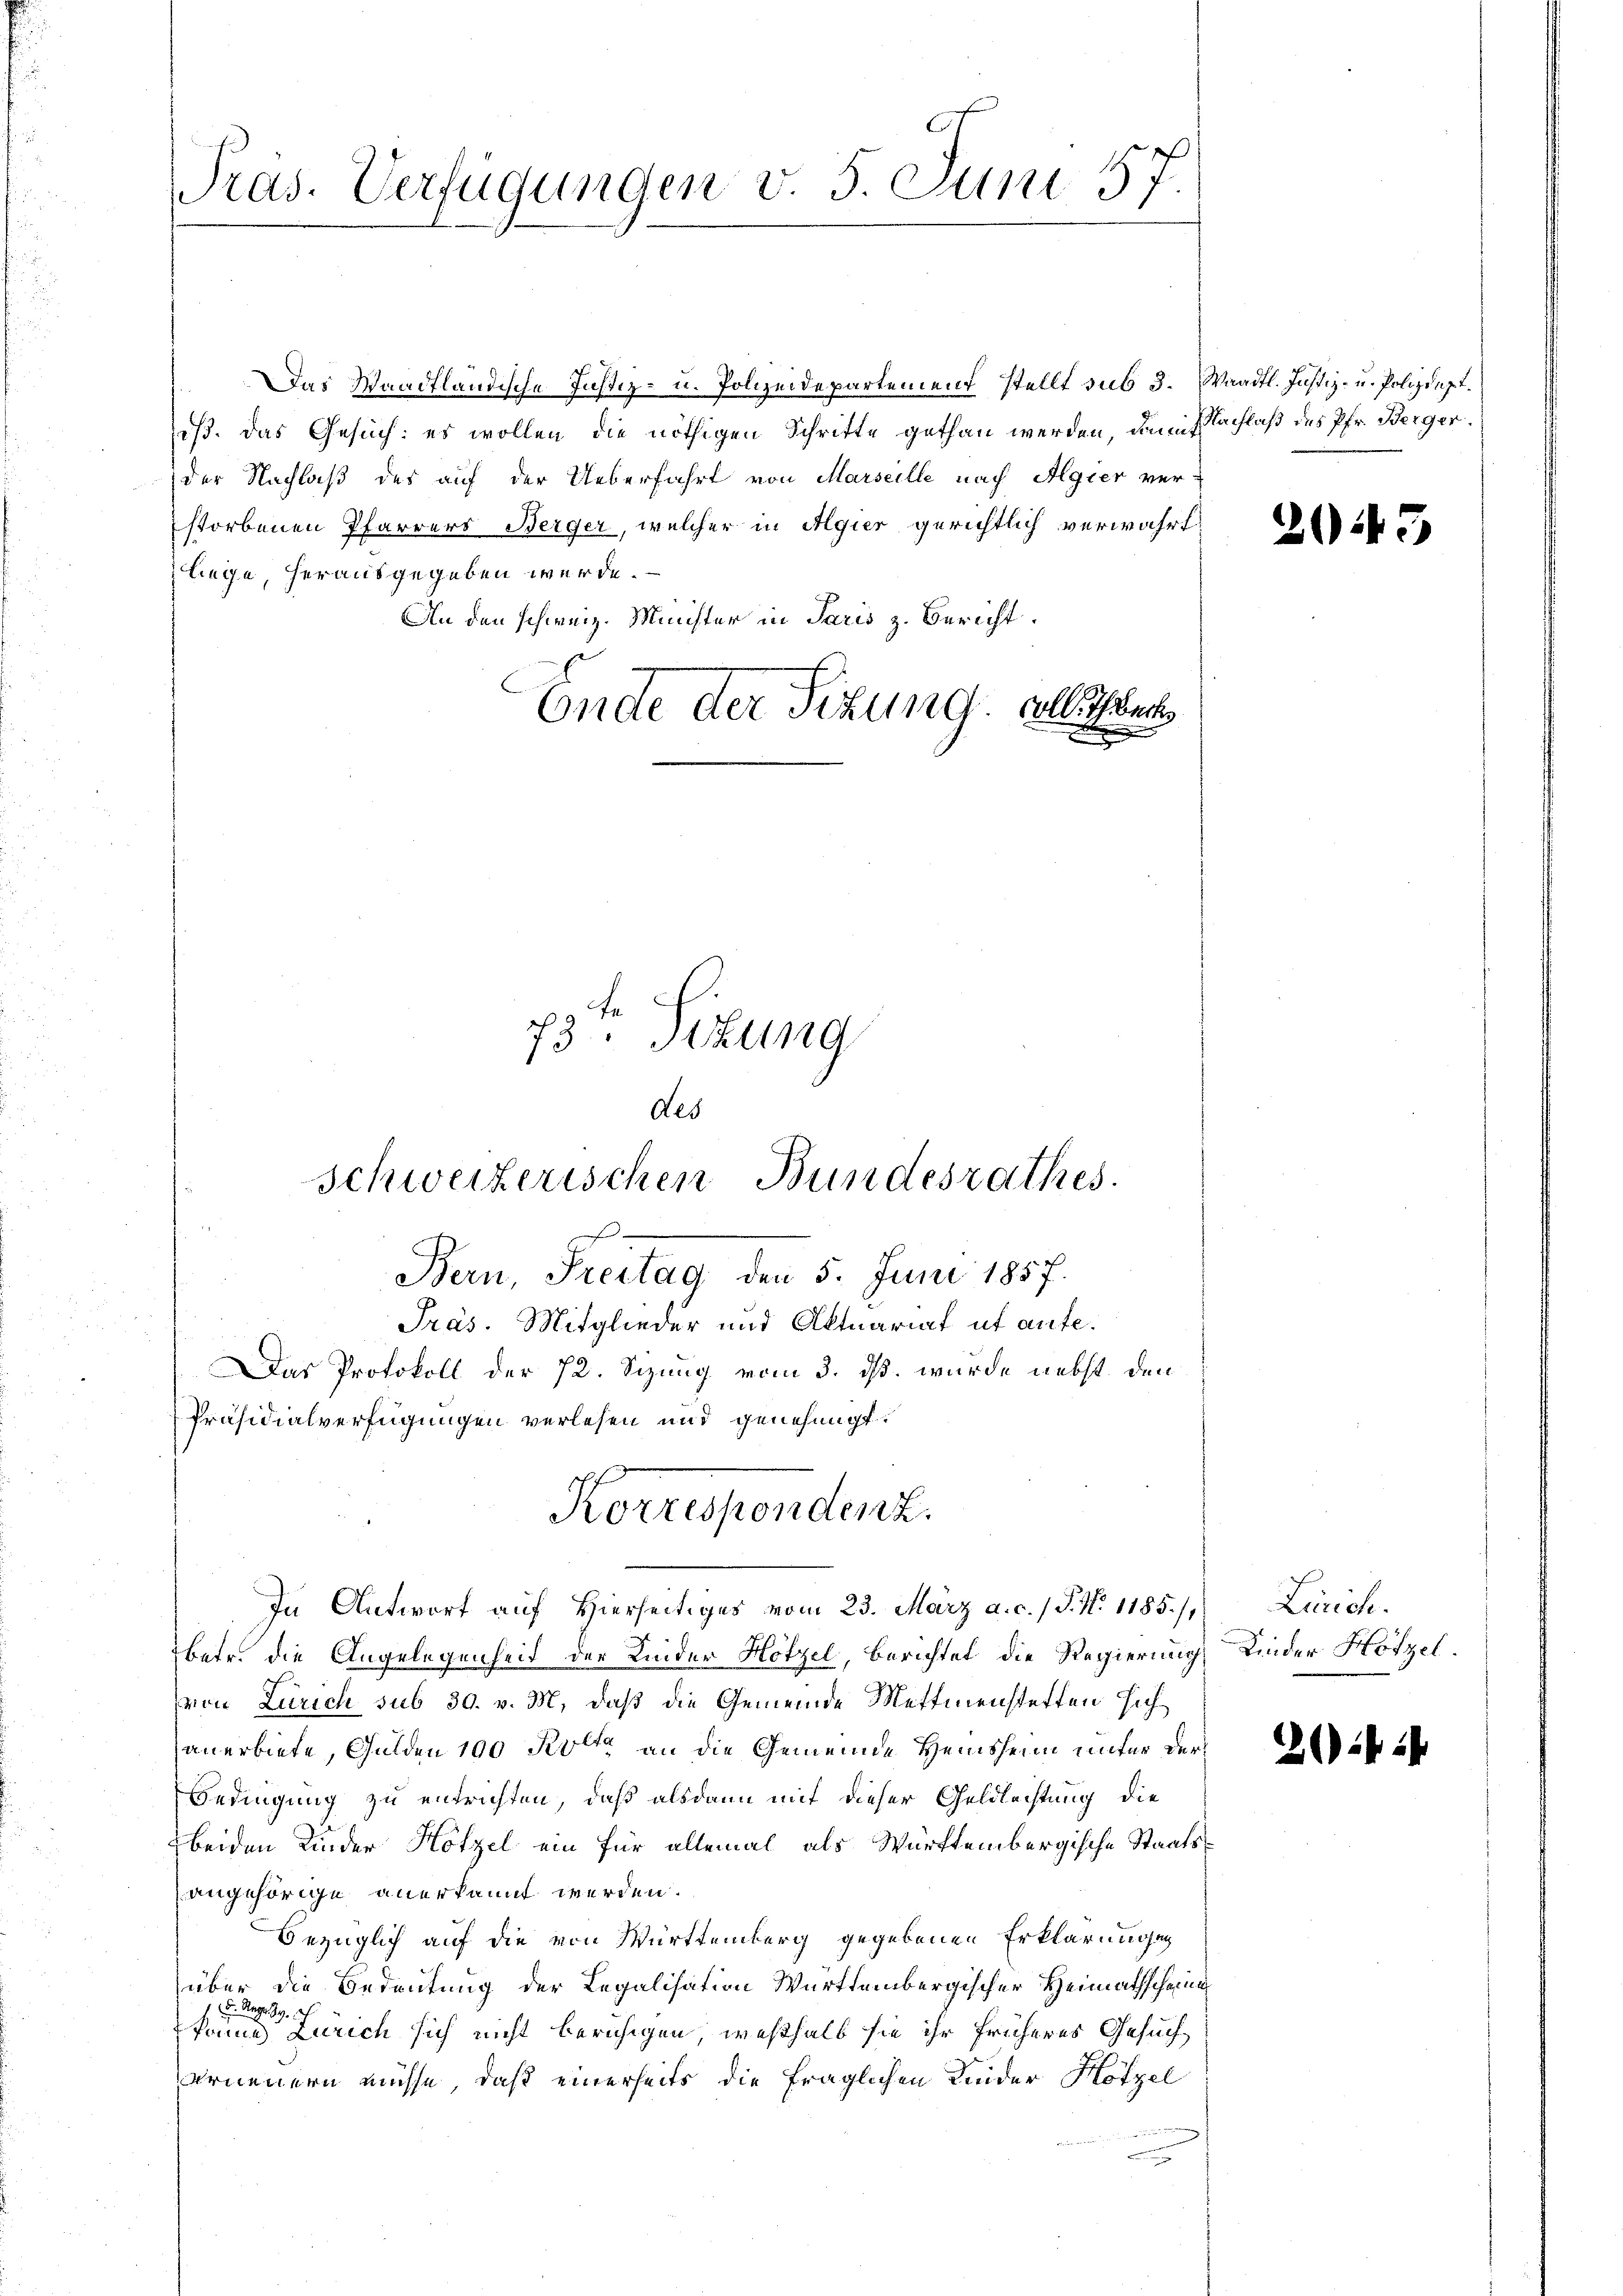
Pras. Verfügungen v. 5. Juni 57.

Das Waadtländische Justiz- u. Polizeidepartement stellt sub 3. Waadt. Justiz- u. Polizdept.
(iß. Das Gesuch: es wollen die nöthigen Schritte gethan werden, damit Nachlaß des Pfr. Berger
der Nachlaß des auf der Ueberfahrt von Marseille nach Algier ver-
storbenen Pfarrers Berger, welcher in Algier gerichtlich verwahrt.
Liege, herausgegeben werde.
An den schweiz. Minister in Paris z. Bericht.
Ende der Sitzung. Alleich
73. Titung

des
schweizerischen Bundesrathes.
Bern, Freitag, den 5. Juni 1857.

Präs. Mitglieder und Aktuariat ut aufe.
Das Protokoll der 72. Sizung vom 3. dß. wurde nebst den
Präsidialverfügungen verlesen und genehmigt.
betr. die Angelegenheit der Kinder Hötzel, berichtet die Regierung, Kinder Hötzel
(von Zürich sub 30. v. M. daß die Gemeinde Mettmenstetten sich
anerbiete, Gulden 100 Kot an die Gemeinde Heinsheim unter der
Bedingung zu entrichten, daß alsdann mit dieser Geldlichtung die
beiden Kinder Hötzel ein für allemal als Württembergische Staatsangehörige anerkannt werden.
bezüglich auf die von Württemberg gegebenen Erklärungen
über die Bedeutung der Legalisation Württembergischer Heimathscheine
1. Mag. 39. I
könne Zürich sich nicht beruhigen, weshalb sie ihr früheres Gesuch
erneuern müsse, daß einerseits die fraglichen Leider Hötzel
e
e

Korrespendenz.
In Antwort auf hierseitiges vom 23. März a. c. / P. Nr. 1185./, Zürich.

2043

20: 24